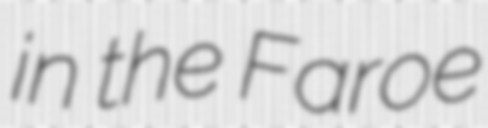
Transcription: in the Faroe